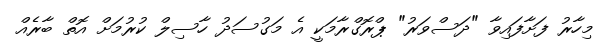
މިހާރު ފަށާފައިވާ "ދަސްވަރު" ޕްރޮގްރާމަކީ އެ މަގުސަދު ހާސިލް ކުރުމަށް އޮތް ބާރެއް